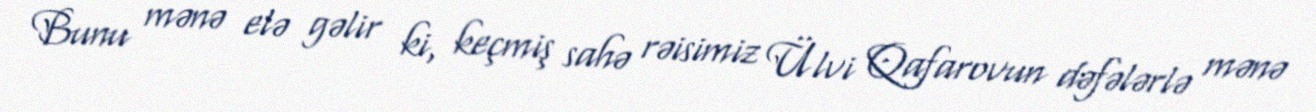
Bunu mənə elə gəlir ki, keçmiş sahə rəisimiz Ülvi Qafarovun dəfələrlə mənə